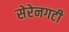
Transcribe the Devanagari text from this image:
सेरेनगटी